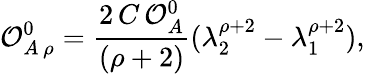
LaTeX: {\cal O}_{A\, \rho}^{0}=\frac{2\, C\, {\cal O}_{A}^{0}}{(\rho+2)}(\lambda_{2}^{\rho+2}-\lambda_{1}^{\rho+2}),